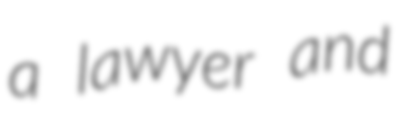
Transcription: a lawyer and